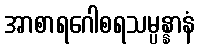
အာစာရဂေါစရသမ္ပန္နာနံ